Report on vaccination in the Province of Bengal - 1869-1873
Year: 1869
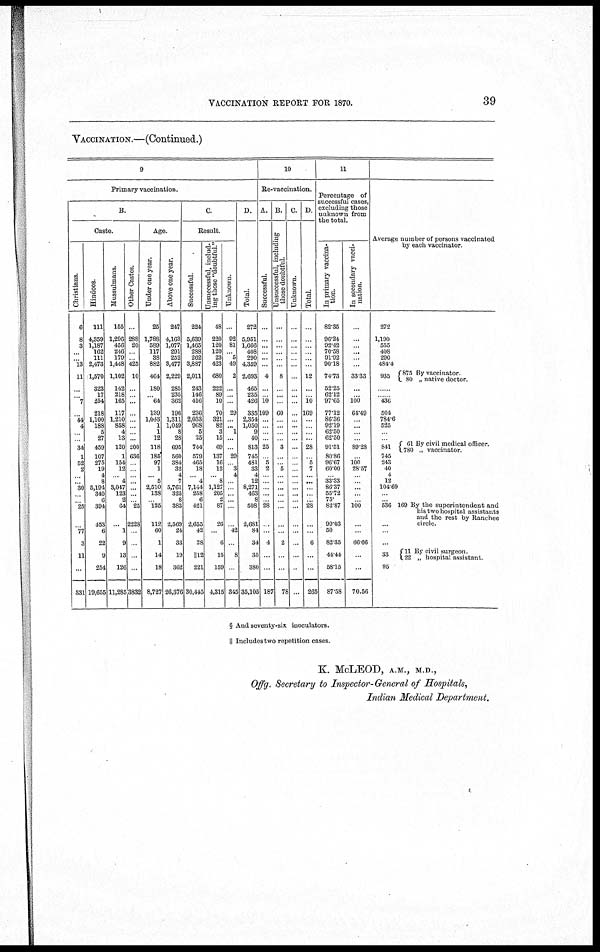
VACCINATION REPORT FOR 1870.
39
VACCINATION.—(Continued.)
9
Primary vaccination.
B.
Caste.
Christians.
6
8
3
...
... 13
11
...
... 7
...
44 4
...
...
34
1
52
2
...
...
30
...
... 25
...
77
3
11
...
331
Hindoos.
111
4,359
1,187
162
111
2,473
1,570
323
17
254
218
1,100
188
5
27
459
107
275
19
4
8
5,194
340
6
394
453
6
22
9
254
19,655
Mussulmans.
155
1,296
456
246
179
1,448
1,102
142
218
165
117
1,210
858
4
13
120
1
154
12
... 4
3,047
123
2
64
...
1
9
13
126
11,285
Other Castes.
...
288
20
...
... 425
10
...
...
...
...
...
...
...
...
200
636
...
...
...
...
...
...
... 25
2228
...
...
...
...
3832
Age.
Under one year.
25
1,788
589
117
38
882
464
180
... 64
139
1,043
1
1
12
118
185
97
1
... 5
2,510
138
... 125
112
60
1
14
18
8,727
Above one year.
247
4,163
1,077
291
252
3,477
2,229
285
235
362
196
1,311
1,049
8
28
695
560
384
32
4
7
5,761
325
8
383
2,569
24
33
19
362
26,376
C.
Result.
Successful.
224
5,639
1,465
288
262
3,887
2,011
243
146
416
236
2,033
968
5
25
744
579
465
18
... 4
7,144
258
6
421
2,655
42
28
||12
221
30,445
Unsuccessful, includ-
ing those "doubtful."
48
220
120
120
23
423
680
222
89
10
70
321
82
3
15
69
137
16
12
... 8
1,127
205
2
87
26
...
6
15
159
4,315
Unknown.
...
92
81
... 5
49
2
...
...
...
29
...
... 1
...
...
29
... 3
4
...
...
...
...
...
...
42
...
8
...
345
D.
Total.
272
5,951
1,666
408
290
4,359
2,693
465
235
426
335
2,354
1,050
9
40
813
745
481
33
4
12
8,271
463
8
508
2,681
84
34
35
380
35,105
10
Re-vaccination.
A.
Successful.
...
...
...
...
...
...
4
...
...
10
109
...
...
...
...
25
... 5
2
...
...
...
...
... 28
...
...
4
...
...
187
B.
Unsuccessful, including
those doubtful.
...
...
...
...
...
...
8
...
...
...
60
...
...
...
...
3
...
... 5
...
...
...
...
...
...
...
...
2
...
...
78
C.
Unknown.
...
...
...
...
...
...
...
...
...
...
...
...
...
...
...
...
...
...
...
...
...
...
...
...
...
...
...
...
...
...
...
D.
Total.
...
...
...
...
...
...
12
...
... 10
169
...
...
...
...
28
... 5
7
...
...
...
...
... 28
...
...
6
...
...
265
11
Percentage of
successful cases,
excluding those
unknown from
the total.
In primary vaccina-
tion.
82.35
96.24
92.42
70.58
91.92
90.18
74.73
52.25
62.12
97.65
77.12
86.36
92.19
62.50
62.50
91.51
80.86
96.67
60.00
... 33.33
86.37
55.72
75.
82.87
99.03
50
82.35
44.44
58.15
87.58
In secondary vacci-
nation.
...
...
... ...
...
...
33.33
...
... 100
64.49
...
...
...
...
89.28
... 100
28.57
...
...
... ...
... 100
...
...
66.66
...
...
70.56
Average number of persons vaccinated
by each vaccinator.
272
1,190
555
408
290
484.4
935
875 By vaccinator.
80 „ native doctor.
......
...... 436
504
784.6
525
...
...
841
61 By civil medical officer.
780 „ vaccinator.
745
243
40
4
12
104.69
...
... 536
...
169 By the superintendent and
his two hospital assistants
and the rest by Ranchee
circle.
...
...
33
11 By civil surgeon.
22 „ hospital assistant.
95
§ And seventy-six inoculators.
|| Includes two repetition cases.
K. McLEOD, A.M., M.D.,
Offg. Secretary to Inspector-General of Hospitals,
Indian Medical Department.